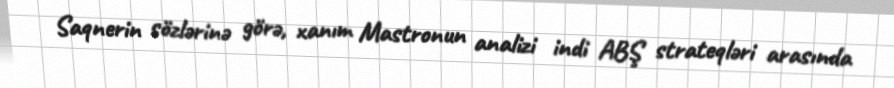
Saqnerin sözlərinə görə, xanım Mastronun analizi indi ABŞ strateqləri arasında